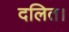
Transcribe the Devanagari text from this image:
दलित।